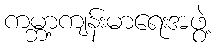
ကမ္ဘာ့ကျန်းမာရေးအဖွဲ့